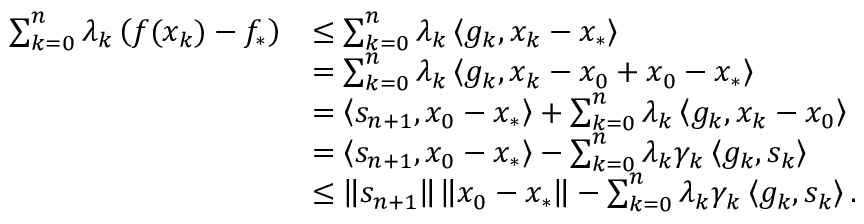
\begin{array} { r l } { \sum _ { k = 0 } ^ { n } \lambda _ { k } \left( f ( x _ { k } ) - f _ { * } \right) } & { \leq \sum _ { k = 0 } ^ { n } \lambda _ { k } \left\langle g _ { k } , x _ { k } - x _ { * } \right\rangle } \\ & { = \sum _ { k = 0 } ^ { n } \lambda _ { k } \left\langle g _ { k } , x _ { k } - x _ { 0 } + x _ { 0 } - x _ { * } \right\rangle } \\ & { = \left\langle s _ { n + 1 } , x _ { 0 } - x _ { * } \right\rangle + \sum _ { k = 0 } ^ { n } \lambda _ { k } \left\langle g _ { k } , x _ { k } - x _ { 0 } \right\rangle } \\ & { = \left\langle s _ { n + 1 } , x _ { 0 } - x _ { * } \right\rangle - \sum _ { k = 0 } ^ { n } \lambda _ { k } \gamma _ { k } \left\langle g _ { k } , s _ { k } \right\rangle } \\ & { \leq \left\Vert s _ { n + 1 } \right\Vert \left\Vert x _ { 0 } - x _ { * } \right\Vert - \sum _ { k = 0 } ^ { n } \lambda _ { k } \gamma _ { k } \left\langle g _ { k } , s _ { k } \right\rangle . } \end{array}